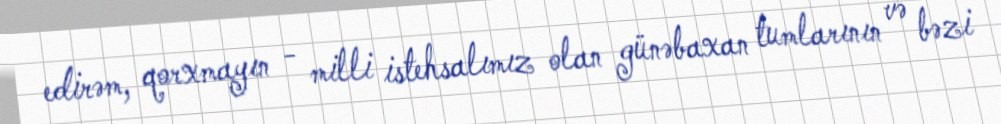
edirəm, qorxmayın - milli istehsalımız olan günəbaxan tumlarının və bəzi